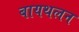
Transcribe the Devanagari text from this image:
बायथलन